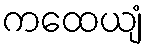
ကထေယျံ